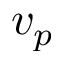
v _ { p }